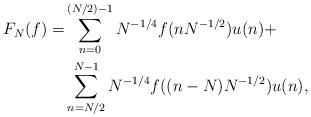
LaTeX: \begin{align*}F_{N}(f)= & \sum_{n=0}^{(N/2)-1}N^{-1/4}f(nN^{-1/2})u(n)+\\ & \sum_{n=N/2}^{N-1}N^{-1/4}f((n-N)N^{-1/2})u(n),\end{align*}